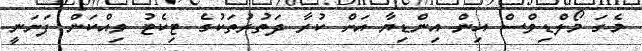
މެގަ މޯލްޑިވްސް އިން އިންޑިޔާ އަށް ކުރާ ދަތުރުތަކުގެ ޓިކެޓު ވިއްކަން ފަށަނީ